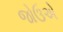
જોઉએ